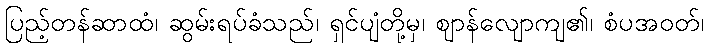
ပြည့်တန်ဆာထံ၊ ဆွမ်းရပ်ခံသည်၊ ရှင်ပျံတို့မှ၊ ဈာန်လျောကျ၏၊ စံပအဝတ်၊